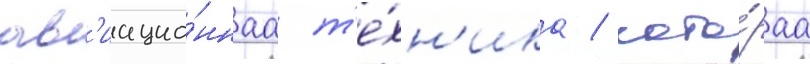
ав'иацио́ннаа т'е́хн'ика / кото́раа